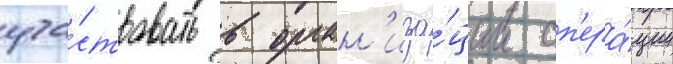
уча́ствовать в орган'иза́ции оп'ера́ции